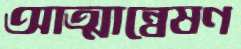
আত্মান্বেষণ